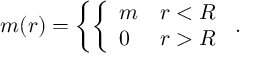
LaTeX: m ( r ) = \left\{ \left\{ \begin{array} { l l } { { m } } & { { r < R } } \\ { { 0 } } & { { r > R } } \end{array} \right. \right. .